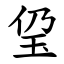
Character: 㺱